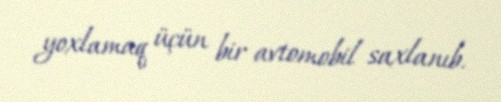
yoxlamaq üçün bir avtomobil saxlanıb.